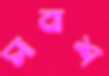
সাবাশ